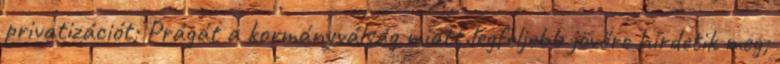
privatizációt; Prágát a kormányválság miatt legfeljebb jövőre hirdetik meg;